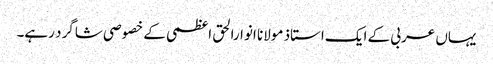
یہاں عربی کے ایک استاذ مولانا انوارالحق اعظمی کے خصوصی شاگرد رہے۔